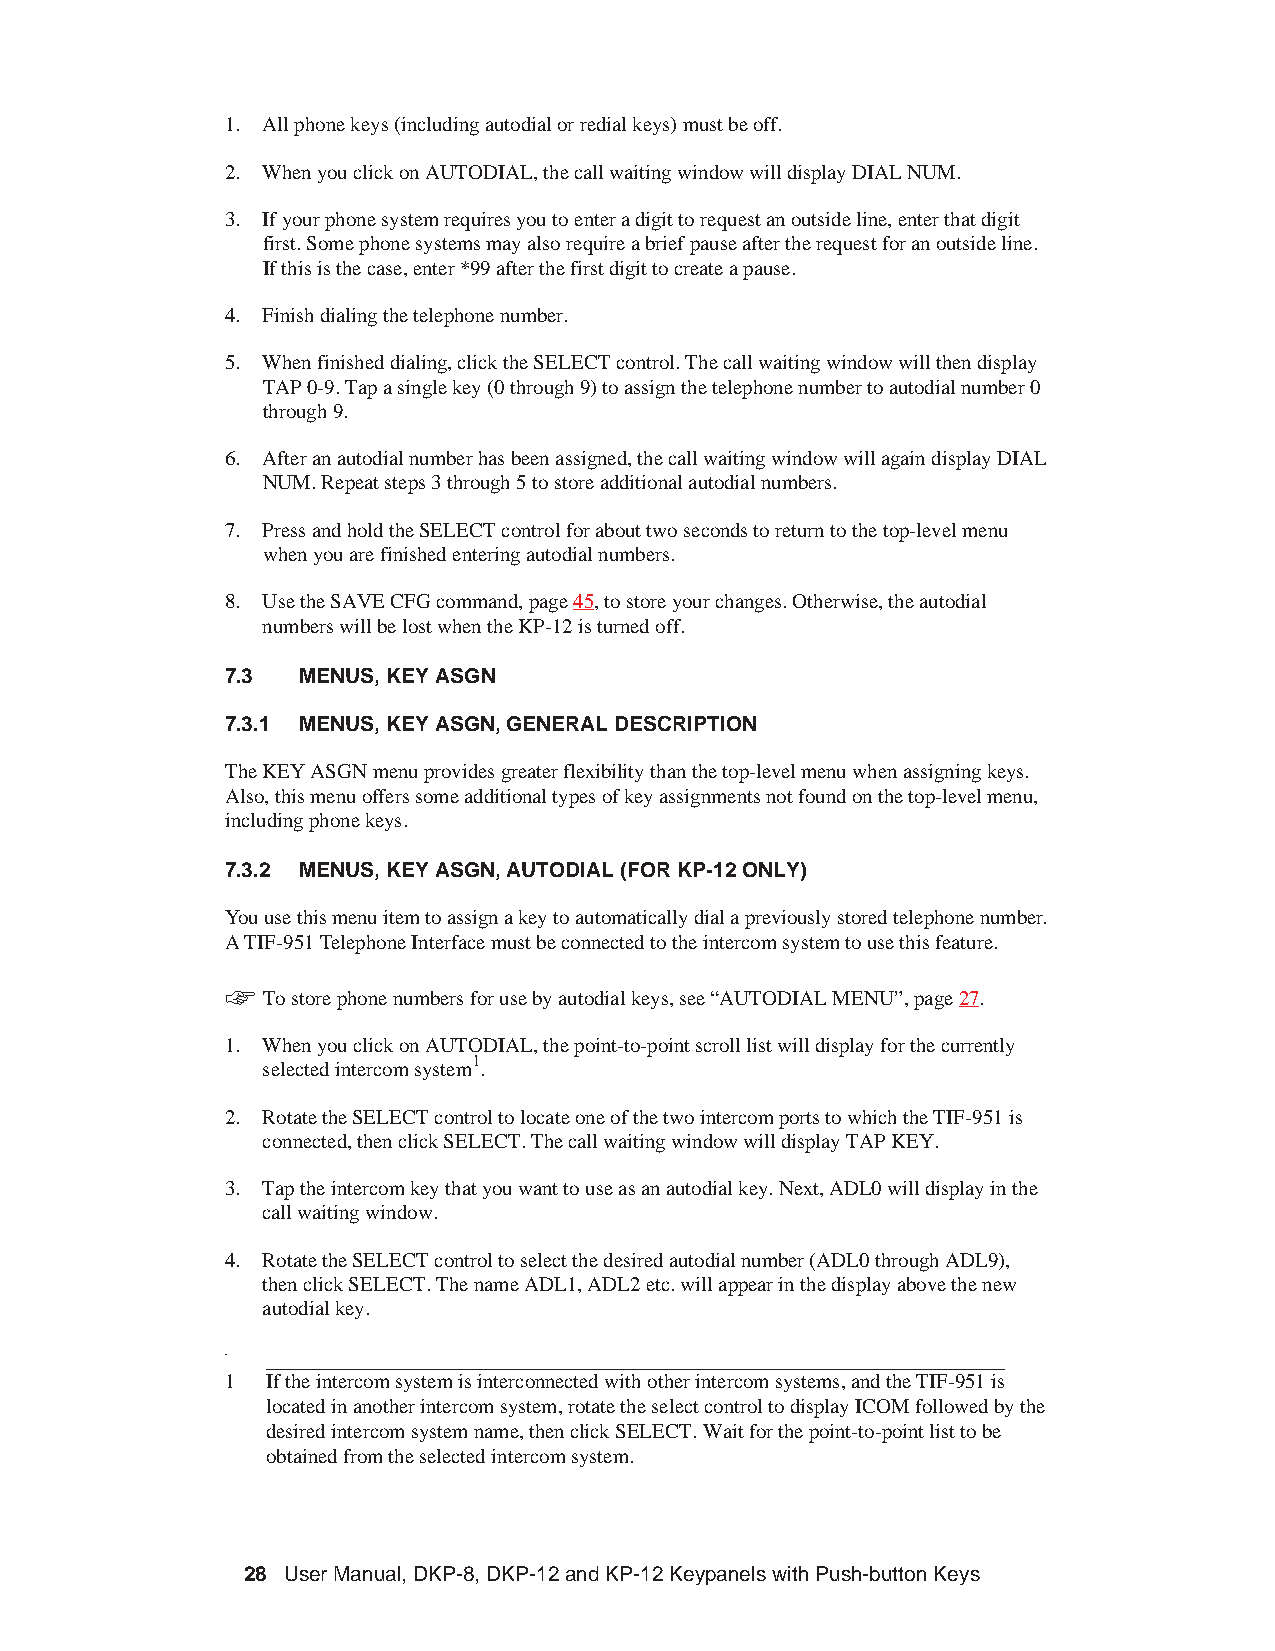
1. Allphonekeys(includingautodialorredialkeys)mustbeoff.
 2. WhenyouclickonAUTODIAL,thecallwaitingwindowwilldisplayDIALNUM.
 3. Ifyourphonesystemrequiresyoutoenteradigittorequestanoutsideline,enterthatdigit
 first.Somephonesystemsmayalsorequireabriefpauseaftertherequestforanoutsideline.
 Ifthisisthecase,enter*99afterthefirstdigittocreateapause.
 4. Finishdialingthetelephonenumber.
 5. Whenfinisheddialing,clicktheSELECTcontrol.Thecallwaitingwindowwillthendisplay
 TAP0-9.Tapasinglekey(0through9)toassignthetelephonenumbertoautodialnumber0
 through9.
 6. Afteranautodialnumberhasbeenassigned,thecallwaitingwindowwillagaindisplayDIAL
 NUM.Repeatsteps3through5tostoreadditionalautodialnumbers.
 7. PressandholdtheSELECTcontrolforabouttwosecondstoreturntothetop-levelmenu
 whenyouarefinishedenteringautodialnumbers.
 8. UsetheSAVECFGcommand,page45,tostoreyourchanges.Otherwise,theautodial
 numberswillbelostwhentheKP-12isturnedoff.
 7.3  MENUS,KEYASGN
 7.3.1 MENUS,KEYASGN,GENERALDESCRIPTION
 TheKEYASGNmenuprovidesgreaterflexibilitythanthetop-levelmenuwhenassigningkeys.
 Also,thismenuofferssomeadditionaltypesofkeyassignmentsnotfoundonthetop-levelmenu,
 includingphonekeys.
 7.3.2 MENUS,KEYASGN,AUTODIAL(FORKP-12ONLY)
 Youusethismenuitemtoassignakeytoautomaticallydialapreviouslystoredtelephonenumber.
 ATIF-951TelephoneInterfacemustbeconnectedtotheintercomsystemtousethisfeature.
 +
 Tostorephonenumbersforusebyautodialkeys,see“AUTODIALMENU”,page27.
 1. WhenyouclickonAUTODIAL,thepoint-to-pointscrolllistwilldisplayforthecurrently
 1
 selectedintercomsystem .
 2. RotatetheSELECTcontroltolocateoneofthetwointercomportstowhichtheTIF-951is
 connected,thenclickSELECT.ThecallwaitingwindowwilldisplayTAPKEY.
 3. Taptheintercomkeythatyouwanttouseasanautodialkey.Next,ADL0willdisplayinthe
 callwaitingwindow.
 4. RotatetheSELECTcontroltoselectthedesiredautodialnumber(ADL0throughADL9),
 thenclickSELECT.ThenameADL1,ADL2etc.willappearinthedisplayabovethenew
 autodialkey.
 1  Iftheintercomsystemisinterconnectedwithotherintercomsystems,andtheTIF-951is
 locatedinanotherintercomsystem,rotatetheselectcontroltodisplayICOMfollowedbythe
 desiredintercomsystemname,thenclickSELECT.Waitforthepoint-to-pointlisttobe
 obtainedfromtheselectedintercomsystem.
 28 UserManual,DKP-8,DKP-12andKP-12KeypanelswithPush-buttonKeys